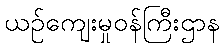
ယဉ်ကျေးမှုဝန်ကြီးဌာန